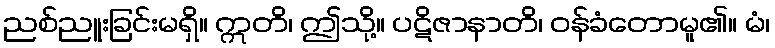
ညစ်ညူးခြင်းမရှိ။ ဣတိ၊ ဤသို့။ ပဋိဇာနာတိ၊ ဝန်ခံတောမူ၏။ မံ၊